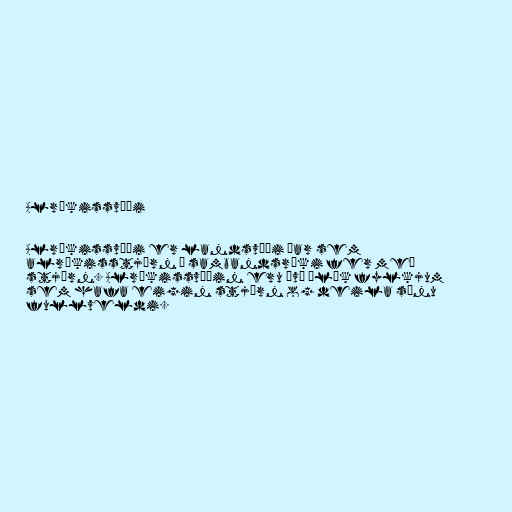
Alríkissvæði

Alríkissvæði er landsvæði þar sem
alríkisstjórn í sambandsríki fer með
stjórn. Alríkissvæðin eru því ólík fylkjum
sem hafa eigin stjórn og deila sínu
fullveldi.